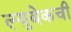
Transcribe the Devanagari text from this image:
ल्युबेकची